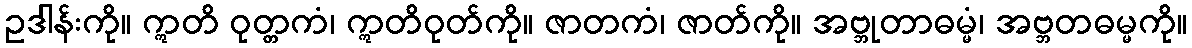
ဥဒါန်းကို။ ဣတိ ဝုတ္တကံ၊ ဣတိဝုတ်ကို။ ဇာတကံ၊ ဇာတ်ကို။ အဗ္ဘုတာဓမ္မံ၊ အဗ္ဘတဓမ္မကို။